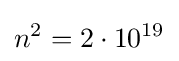
n^{2}=2\cdot 10^{19}